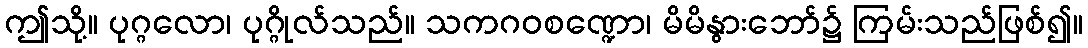
ဤသို့။ ပုဂ္ဂလော၊ ပုဂ္ဂိုလ်သည်။ သကဂဝစဏ္ဍော၊ မိမိနွားဘော်၌ ကြမ်းသည်ဖြစ်၍။